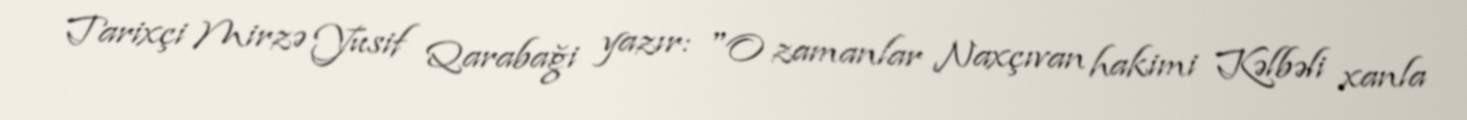
Tarixçi Mirzə Yusif Qarabaği yazır: "O zamanlar Naxçıvan hakimi Kəlbəli xanla